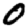
Digit: 0